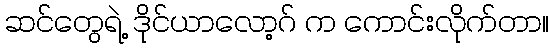
ဆင်တွေရဲ့ ဒိုင်ယာလော့ဂ် က ကောင်းလိုက်တာ။